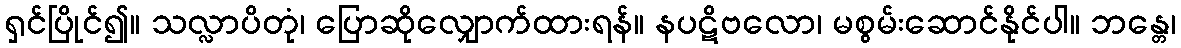
ရှင်ပြိုင်၍။ သလ္လာပိတုံ၊ ပြောဆိုလျှောက်ထားရန်။ နပဋိဗလော၊ မစွမ်းဆောင်နိုင်ပါ။ ဘန္တေ၊